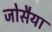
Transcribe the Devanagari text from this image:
जोसैया